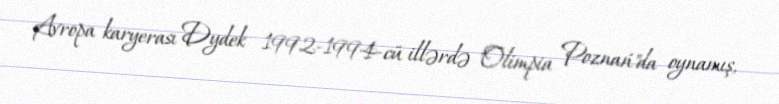
Avropa karyerası Dydek 1992-1994-cü illərdə "Olimpia Poznań"da oynamış,